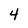
Character: 4